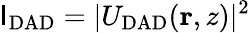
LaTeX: \mathsf{I}_{\mathrm{{DAD}}}=|U_{\mathrm{{DAD}}}({\mathbf{r}},z)|^{2}